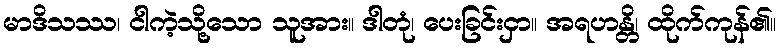
မာဒိသဿ၊ ငါကဲ့သို့သော သူအား။ ဒါတုံ၊ ပေးခြင်းငှာ။ အရဟန္တိ၊ ထိုက်ကုန်၏။